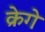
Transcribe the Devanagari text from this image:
क्रेगे